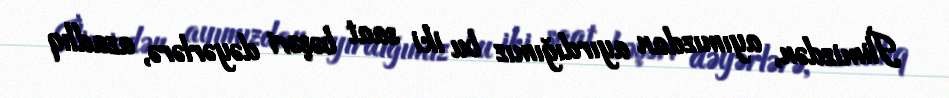
İlimizdən, ayımızdan ayırdığımız bu iki saat bəşəri dəyərlərə, azadlıq